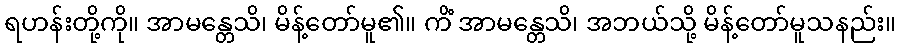
ရဟန်းတို့ကို။ အာမန္တေသိ၊ မိန့်တော်မူ၏။ ကိံ အာမန္တေသိ၊ အဘယ်သို့ မိန့်တော်မူသနည်း။